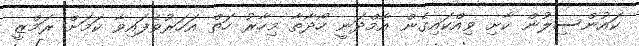
ކައުންސިލުން ކާށި ވިއްކައިގެން އާމްދަނީ ހޯދާތާ މިހާރު ހަތް އަހަރުވެފައިވާ ކަމަށް ރަމްޒީ